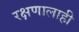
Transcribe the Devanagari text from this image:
रक्षणालाही